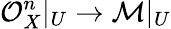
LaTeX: {\mathcal{O}}_{X}^{n}|_{U}\to{\mathcal{M}}|_{U}